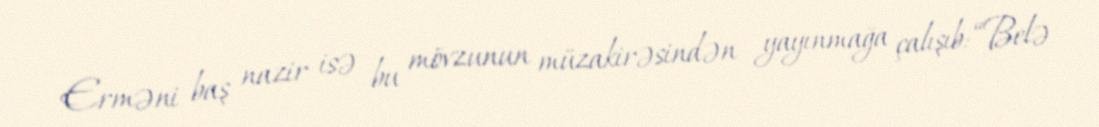
Erməni baş nazir isə bu mövzunun müzakirəsindən yayınmağa çalışıb: “Belə